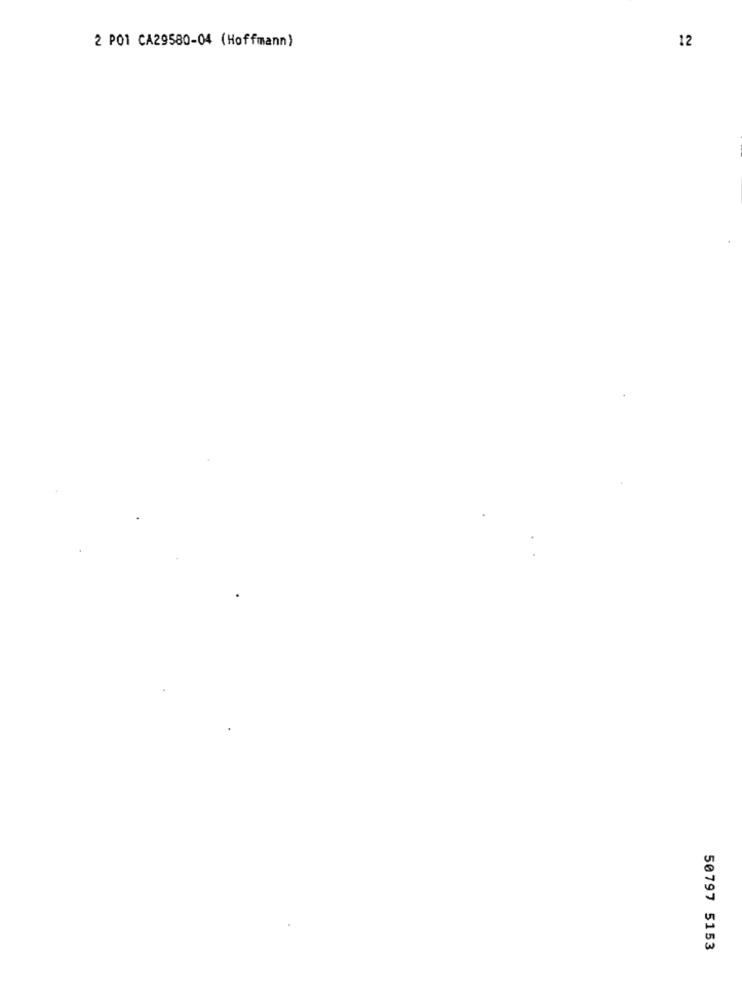
2 POI CA29580-04 (Hoffmann)
12
50797 5153